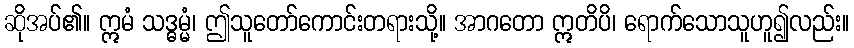
ဆိုအပ်၏။ ဣမံ သဒ္ဓမ္မံ၊ ဤသူတော်ကောင်းတရားသို့။ အာဂတော ဣတိပိ၊ ရောက်သောသူဟူ၍လည်း။